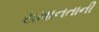
સમાનતાની